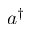
a ^ { \dagger }